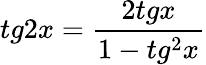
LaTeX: tg2x=\frac{2tgx}{1-tg^{2}x}